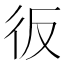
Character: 𢓉